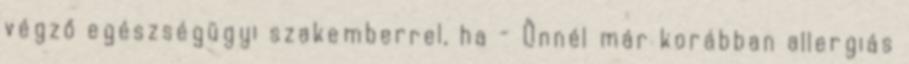
végző egészségügyi szakemberrel, ha - Önnél már korábban allergiás